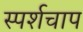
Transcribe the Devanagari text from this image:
स्पर्शचाप